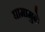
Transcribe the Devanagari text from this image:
घामामुळे